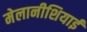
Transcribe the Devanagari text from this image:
मेलानीशियाई